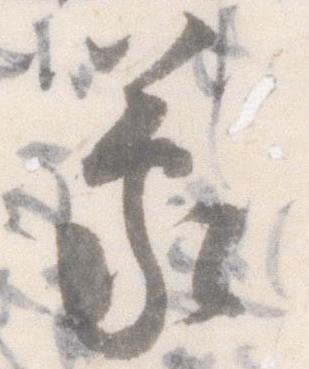
蒙